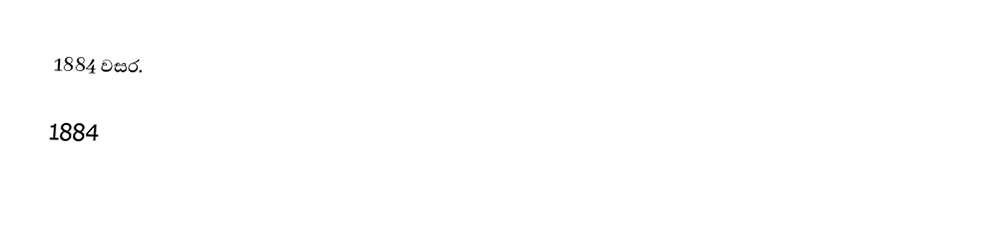
1884 වසර.

1884